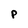
Character: P